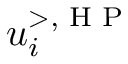
u _ { i } ^ { > , \textrm { H P } }